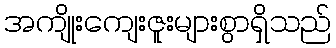
အကျိုးကျေးဇူးများစွာရှိသည်